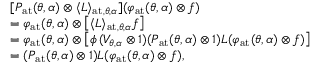
\begin{array} { r l } & { [ P _ { \mathrm { a t } } ( \theta , \alpha ) \otimes \langle L \rangle _ { \mathrm { a t } , \theta , \alpha } ] ( \varphi _ { \mathrm { a t } } ( \theta , \alpha ) \otimes f ) } \\ & { = \varphi _ { \mathrm { a t } } ( \theta , \alpha ) \otimes \left[ \langle L \rangle _ { \mathrm { a t } , \theta , \alpha } f \right] } \\ & { = \varphi _ { \mathrm { a t } } ( \theta , \alpha ) \otimes \left[ \phi \, ( V _ { \theta , \alpha } \otimes 1 ) ( P _ { \mathrm { a t } } ( \theta , \alpha ) \otimes 1 ) L ( \varphi _ { \mathrm { a t } } ( \theta , \alpha ) \otimes f ) \right] } \\ & { = ( P _ { \mathrm { a t } } ( \theta , \alpha ) \otimes 1 ) L ( \varphi _ { \mathrm { a t } } ( \theta , \alpha ) \otimes f ) , } \end{array}